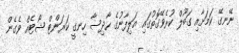
ނޭނގޭ ކަމަށާއި ގަބޫލް ކުރެވޭގޮތުގައި އަލިފާނުގެ ހާދިސާ ހިނގީ ކަރަންޓް ޝޯޓެއް ވެގެން